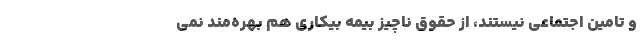
و تامین اجتماعی نیستند، از حقوق ناچیز بیمه بیکاری هم بهره‌مند نمی